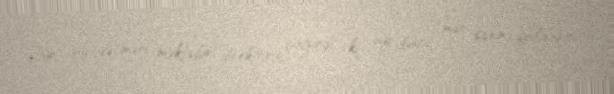
Bir gün də məni məktəbin direktoru çağırdı ki, ay bacı, mən sənin yoldaşını